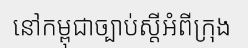
នៅកម្ពុជាច្បាប់ស្តីអំពីក្រុង